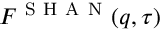
F ^ { \mathrm { ~ S ~ H ~ A ~ N ~ } } ( q , \tau )